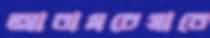
আরামচেয়ারে